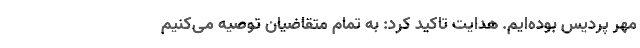
مهر پردیس بوده‌ایم. هدایت تاکید کرد: به تمام متقاضیان توصیه می‌کنیم